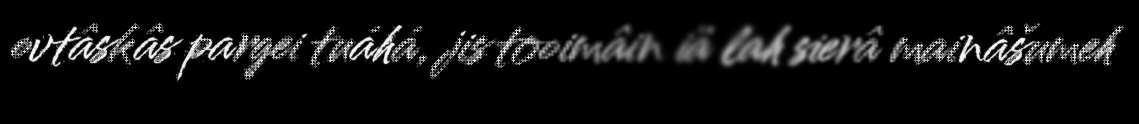
ovtâskâs pargei tuáhá, jis tooimâin iä lah sierâ mainâšumeh